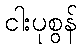
ငါးပုစွန်